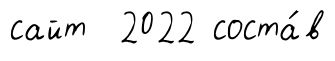
сайт 2022 соста́в